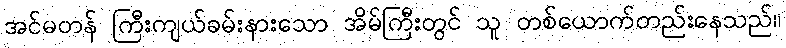
အင်မတန် ကြီးကျယ်ခမ်းနားသော အိမ်ကြီးတွင် သူ တစ်ယောက်တည်းနေသည်။